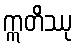
ဣတိဿု